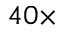
4 0 \times